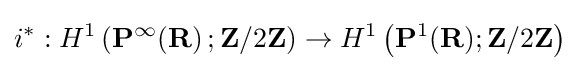
i^{*}:H^{1}\left(\mathbf {P} ^{\infty }(\mathbf {R} \right);\mathbf {Z} /2\mathbf {Z} )\to H^{1}\left(\mathbf {P} ^{1}(\mathbf {R} );\mathbf {Z} /2\mathbf {Z} \right)